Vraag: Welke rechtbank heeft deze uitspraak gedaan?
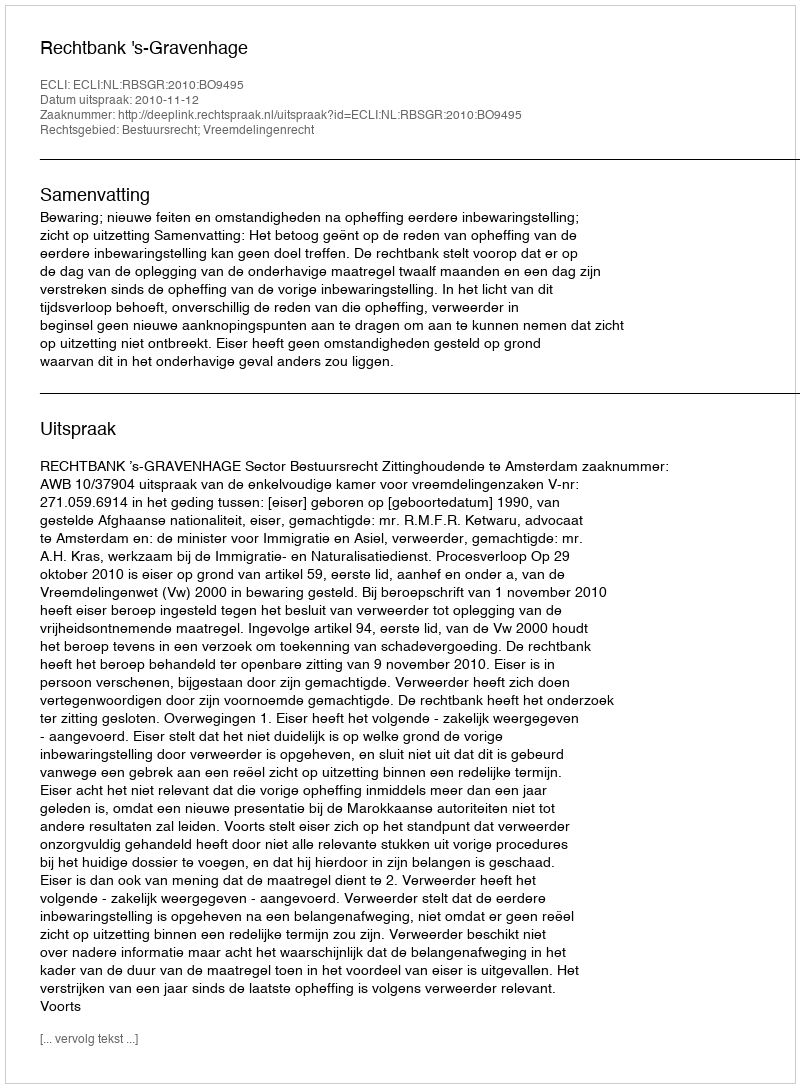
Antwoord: Rechtbank 's-Gravenhage